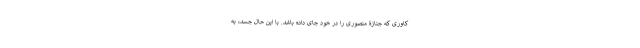
کاوری که جنازۀ منصوری را در خود جای داده باشد. با این حال جسد، به